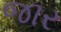
જાર